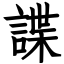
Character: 諜